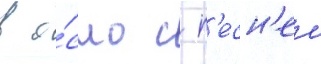
в о́сло с п'есн'еи